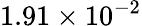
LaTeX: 1.91\times 10^{-2}